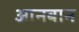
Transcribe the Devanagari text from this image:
आनबान